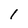
Character: 1